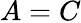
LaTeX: A=C